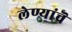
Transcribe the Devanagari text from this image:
लेण्यांचॆ